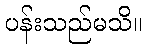
ပန်းသည်မသိ။